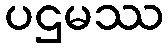
ပဌမဿ